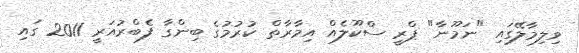
ވިލިމާލޭގައި "ނަމޫނާ" ޕްރީ ސްކޫލެއް އިމާރާތް ކުރުމުގެ ބިންގާ ފެބްރުއަރީ 2011 ގައި